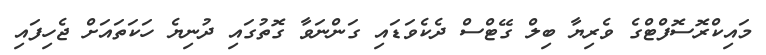
މައިކްރޮސޮފްޓްގެ ވެރިޔާ ބިލް ގޭޓްސް ދެކެވަޑައި ގަންނަވާ ގޮތުގައި ދުނިޔެ ހަކަތައަށް ޖެހިފައި